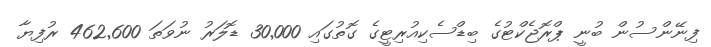
ފިނޭންސުން ބުނީ ޕްރޮޖެކްޓުގެ ބިޑްސެކިއުރިޓީގެ ގޮތުގައި 30